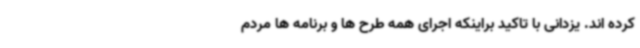
کرده اند. یزدانی با تاکید براینکه اجرای همه طرح ها و برنامه ها مردم